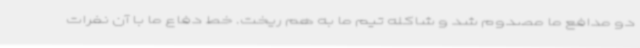
دو مدافع ما مصدوم شد و شاکله تیم ما به هم ریخت. خط دفاع ما با آن نفرات